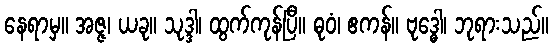
နေရာမှ။ အဇ္ဇ၊ ယခု။ သုဒ္ဒါ၊ ထွက်ကုန်ပြီ။ ဓုဝံ၊ ဧကန်။ ဗုဒ္ဓေါ၊ ဘုရားသည်။